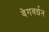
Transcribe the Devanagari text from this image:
वेगवर्धन